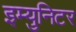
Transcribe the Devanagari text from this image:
इम्युनिटर